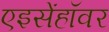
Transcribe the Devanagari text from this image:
एइसेंहॉवर